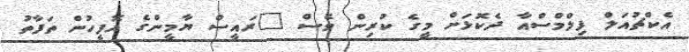
އެކްޗުއަލް ފިލްމްސްއާ ދެކޮޅަށް މީގެ ކުރިން ވެސް "ރައީސް ޔާމީންގެ އޮފީހުން ތަފާތު